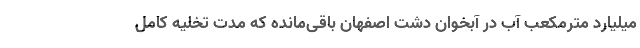
میلیارد مترمکعب آب در آبخوان دشت اصفهان باقی‌مانده که مدت تخلیه کامل